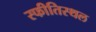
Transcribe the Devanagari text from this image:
स्फीतिस्थल